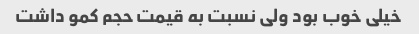
خیلی خوب بود ولی نسبت به قیمت حجم کمو داشت